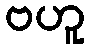
ဗဟူ